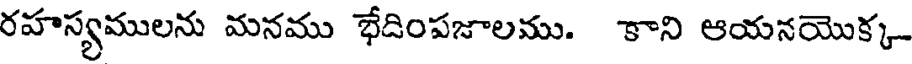
రహస్యములను మనము భేదింపజాలము. కాని ఆయనయొక్క